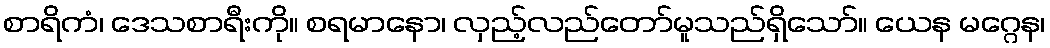
စာရိကံ၊ ဒေသစာရီးကို။ စရမာနော၊ လှည့်လည်တော်မူသည်ရှိသော်။ ယေန မဂ္ဂေန၊